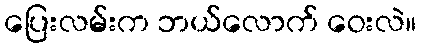
ပြေးလမ်းက ဘယ်လောက် ဝေးလဲ။